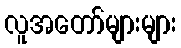
လူအတော်များများ